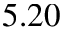
5 . 2 0